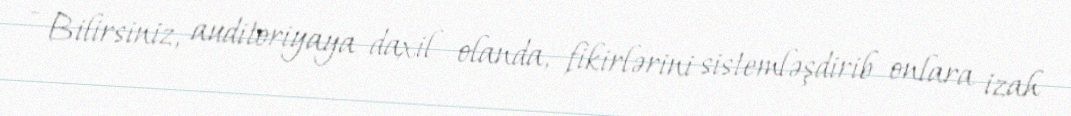
- Bilirsiniz, auditoriyaya daxil olanda, fikirlərini sistemləşdirib onlara izah